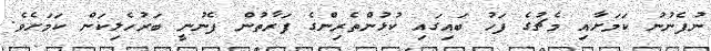
ނުފެނުނު ކަމަށާއި މެޗުގެ ފަހު ބައިގައި ކުޅުންތެރިންގެ ފަރާތުން ފެނުނީ ބަރުހެލިކަން ކަމަށެވެ.